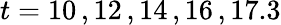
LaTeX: t=10\, ,12\, ,14\, ,16\, ,17.3